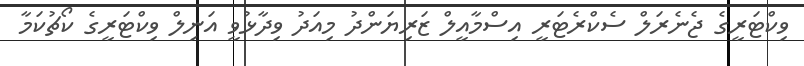
ވިކްޓަރީގެ ޖެނެރަލް ސެކްރެޓަރީ އިސްމާއީލް ޒަރިޔަންދު މިއަދު ވިދާޅުވީ އަނިލް ވިކްޓަރީގެ ކޯޗުކަމާ